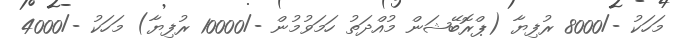
މަހަކު -/8000 ރުފިޔާ (ޕްރޮބޭޝަން މުއްދަތު ހަމަވުމުން -/10000 ރުފިޔާ) މަހަކު -/4000